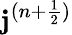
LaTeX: \mathbf{j}^{(n+\frac{1}{2})}